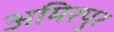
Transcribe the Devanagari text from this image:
अमिरपुर